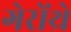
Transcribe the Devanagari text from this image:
गेरोंथ्रे